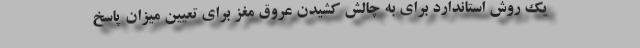
یک روش استاندارد برای به چالش کشیدن عروق مغز برای تعیین میزان پاسخ